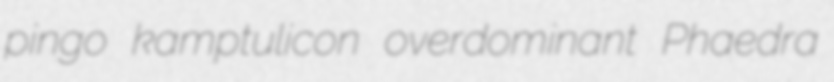
pingo kamptulicon overdominant Phaedra